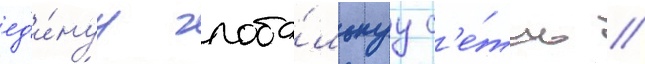
ед'и́нуу глоба́льнуу с'е́ть //